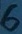
Text: 6